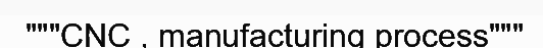
"""CNC , manufacturing process"""